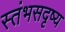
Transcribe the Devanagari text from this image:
स्तंभसदृष्य